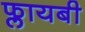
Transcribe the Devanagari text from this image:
फ्लायबी